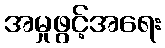
အမှုဖွင့်အရေး